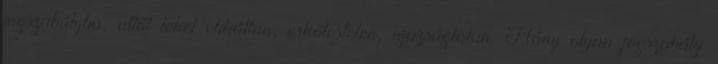
jogszabályba, attól lehet etikátlan, erkölcstelen, igazságtalan. Hány olyan jogszabály